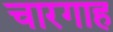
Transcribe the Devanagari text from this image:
चारगाह